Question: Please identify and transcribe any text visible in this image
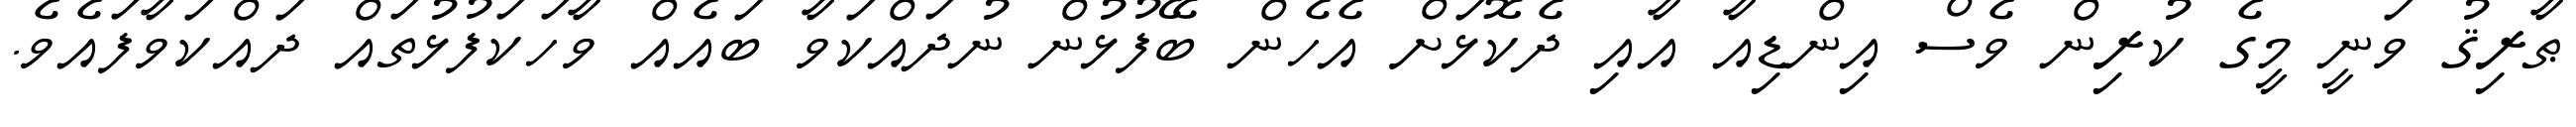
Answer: ޠާރިޤު ވަނީ މީގެ ކުރިން ވެސް އިންޑިއާ އާއި ދެކޮޅަށް އެހެން ބޭފުޅުން ނުދައްކަވާ ބައެއް ވާހަކަފުޅުތައް ދައްކަވާފައެވެ.